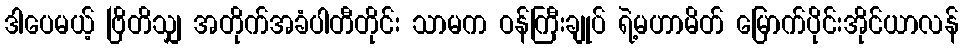
ဒါပေမယ့် ဗြိတိသျှ အတိုက်အခံပါတီတိုင်း သာမက ဝန်ကြီးချုပ် ရဲ့မဟာမိတ် မြောက်ပိုင်းအိုင်ယာလန်